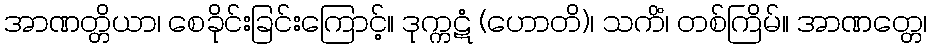
အာဏတ္တိယာ၊ စေခိုင်းခြင်းကြောင့်။ ဒုက္ကဋံ (ဟောတိ)၊ သကိံ၊ တစ်ကြိမ်။ အာဏတ္တေ၊